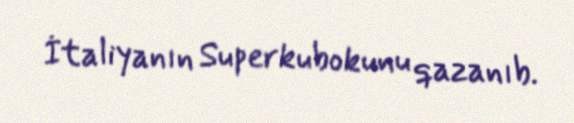
İtaliyanın Superkubokunu qazanıb.